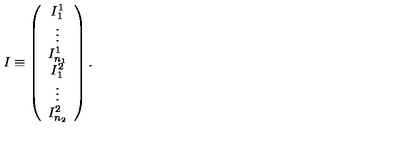
I \equiv \left( \begin{array} { c } { I _ { 1 } ^ { 1 } } \\ { \vdots } \\ { I _ { n _ { 1 } } ^ { 1 } } \\ { I _ { 1 } ^ { 2 } } \\ { \vdots } \\ { I _ { n _ { 2 } } ^ { 2 } } \\ \end{array} \right) .